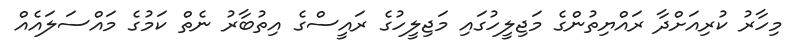
މިހާރު ކުރިއަށްދާ ރައްޔިތުންގެ މަޖިލީހުގައި މަޖިލީހުގެ ރައީސްގެ އިތުބާރު ނެތް ކަމުގެ މައްސަލައެއް